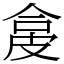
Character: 㿯